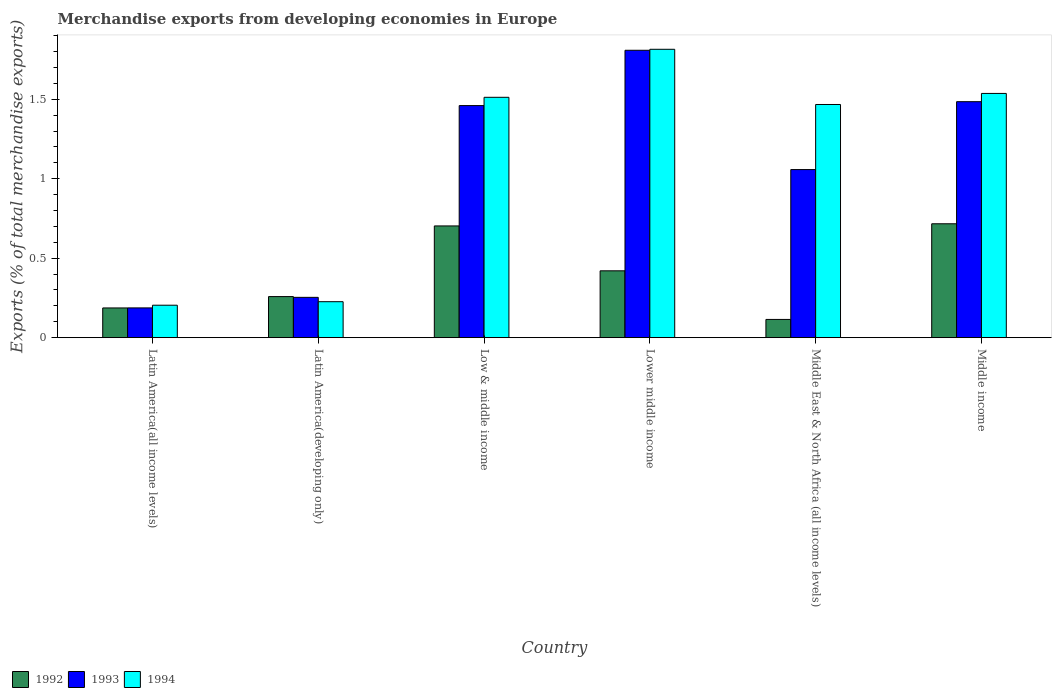
| Country | 1992 | 1993 | 1994 |
 | --- | --- | --- | --- |
 | Latin America(all income levels) | 0.187 | 0.187 | 0.204 |
 | Latin America(developing only) | 0.258 | 0.254 | 0.226 |
 | Low & middle income | 0.703 | 1.46 | 1.51 |
 | Lower middle income | 0.421 | 1.81 | 1.81 |
 | Middle East & North Africa (all income levels) | 0.115 | 1.06 | 1.47 |
 | Middle income | 0.717 | 1.48 | 1.54 |